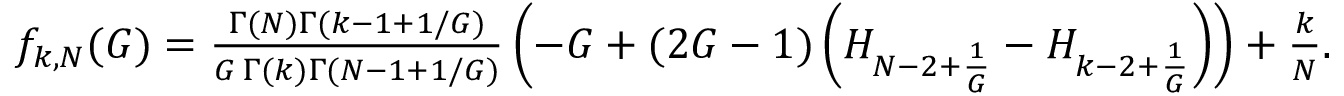
\begin{array} { r } { f _ { k , N } ( G ) = \frac { \Gamma ( N ) \Gamma ( k - 1 + 1 / G ) } { G \, \Gamma ( k ) \Gamma ( N - 1 + 1 / G ) } \left( - G + ( 2 G - 1 ) \left( H _ { N - 2 + \frac { 1 } { G } } - H _ { k - 2 + \frac { 1 } { G } } \right) \right) + \frac { k } { N } . } \end{array}